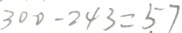
3 0 0 - 2 4 3 = 5 7